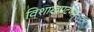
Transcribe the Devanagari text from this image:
विशाखपटणम्‌